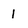
Character: 1